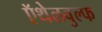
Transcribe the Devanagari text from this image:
ऍथेलवुल्फ